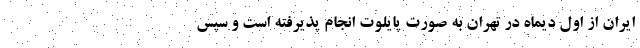
ایران از اول دیماه در تهران به صورت پایلوت انجام پذیرفته است و سپس